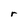
Character: r